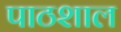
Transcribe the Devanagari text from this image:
पाठशाल